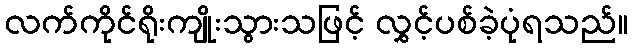
လက်ကိုင်ရိုးကျိုးသွားသဖြင့် လွှင့်ပစ်ခဲ့ပုံရသည်။